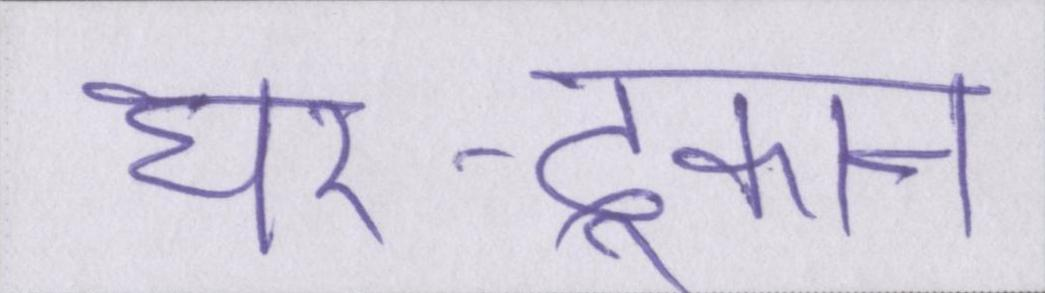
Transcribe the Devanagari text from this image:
घर-दूकान